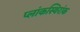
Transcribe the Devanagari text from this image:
प्लांकस्थिरांक